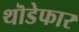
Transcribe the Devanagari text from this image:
थॊडेफार